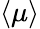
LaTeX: \langle\mu\rangle